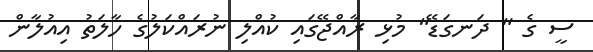
ސީ ގެ " ދަނގަޑޭ" މުޅި ރާއްޖޭގައި ކުއްލި ނުރައްކަލުގެ ހާލަތު އިއުލާން